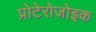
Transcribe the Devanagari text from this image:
प्रोटेरोजोइक